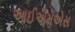
આઈએમએસ